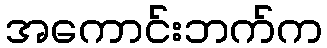
အကောင်းဘက်က